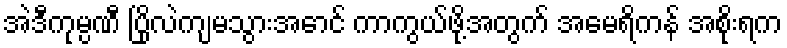
အဲဒီကုမ္ပဏီ ပြိုလဲကျမသွားအောင် ကာကွယ်ဖို့အတွက် အမေရိကန် အစိုးရက